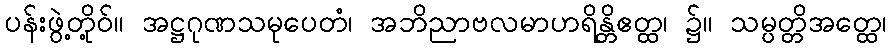
ပန်းဖွဲ့တို့ဝ်။ အဋ္ဌဂုဏသမုပေတံ၊ အဘိညာဗလမာဟရိန္တိဧတ္ထ၊ ၌။ သမ္ပတ္တိအတ္ထေ၊